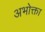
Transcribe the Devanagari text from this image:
अभोक्ता